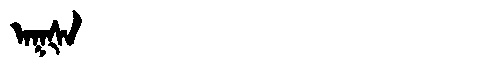
Manchu: ᠠᡴᡧᠠ
Romanization: AKŠA